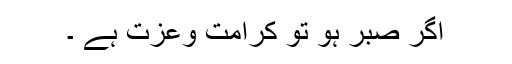
اگر صبر ہو تو کرامت وعزت ہے ۔